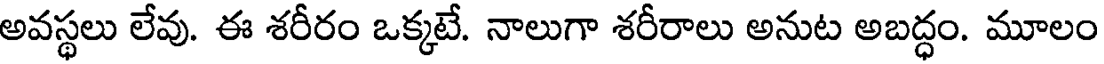
అవస్థలు లేవు. ఈ శరీరం ఒక్కటే. నాలుగా శరీరాలు అనుట అబద్ధం. మూలం